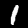
Digit: 1